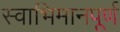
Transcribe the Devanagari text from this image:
स्वाभिमानपूर्ण